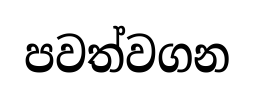
පවත්වගන